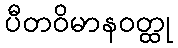
ပီတဝိမာနဝတ္ထု